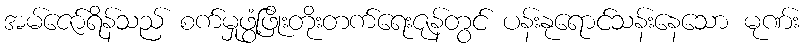
အမ်ဇော်ရိန်သည် စက်မှုဖွံ့ဖြိုးတိုးတက်ရေးဇုန်တွင် ပန်းနုရောင်သန်းနေသော မုဏ်း